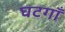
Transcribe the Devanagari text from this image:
घटगाँ